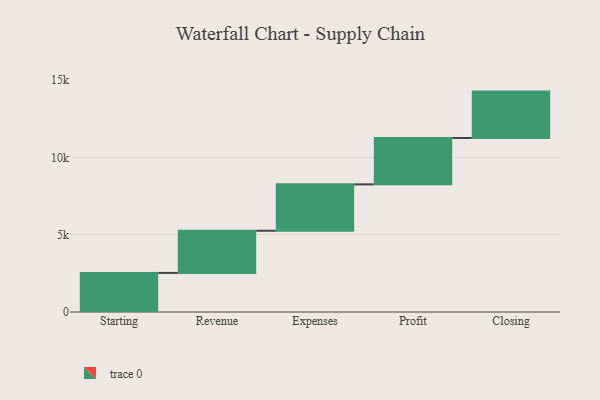
{"axis": {"x": "Step", "y": "Value"}, "legend": [""], "data": [{"x": "Starting", "y": 2527.0, "type": ""}, {"x": "Revenue", "y": 2728.0, "type": ""}, {"x": "Expenses", "y": 3000, "type": ""}, {"x": "Profit", "y": 3000, "type": ""}, {"x": "Closing", "y": 3000, "type": ""}]}